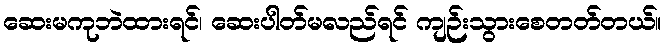
ဆေးမကုဘဲထားရင်၊ ဆေးပါတ်မလည်ရင် ကျဉ်းသွားစေတတ်တယ်။